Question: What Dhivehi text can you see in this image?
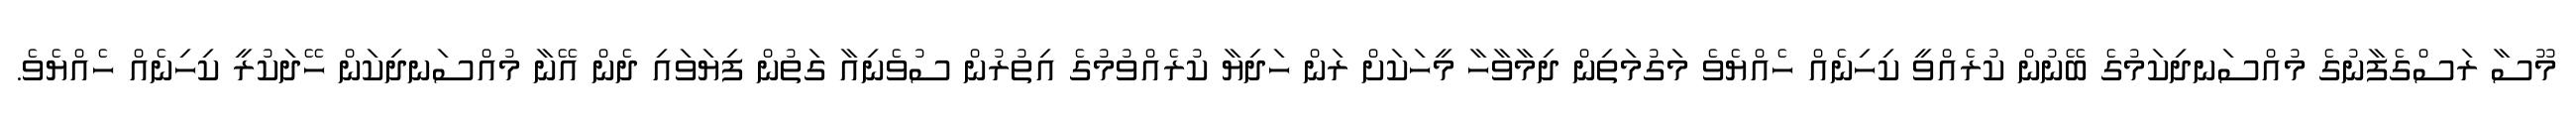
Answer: މޫސާ ރަސްގެފާނުގެ މުއްސަނދިކަމުގެ ބޭނުން ކުރެއްވީ ކިހިނެއް ހެއްޔެވެ މަގުމަތިން ދިމާވާހާ މީހަކަށް ރަން ހަދިޔާ ކުރެއްވުމުގެ އިތުރުން ސުވެނިއާ ގަތުން ފިޔަވައި ދެން އޭނާ މުއްސަނދިކަން ހޭދަކުރީ ކިހިނެއް ހެއްޔެވެ.